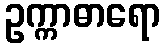
ဥက္ကာဓာရော